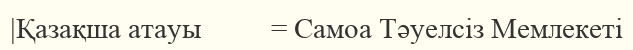
|Қазақша атауы          = Самоа Тәуелсіз Мемлекеті